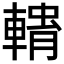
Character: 𮝢